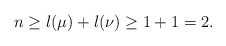
\begin{align*} n \ge l(\mu)+l(\nu) \ge 1+1= 2.\end{align*}